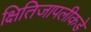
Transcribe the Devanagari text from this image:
क्षितिजापलीकडे